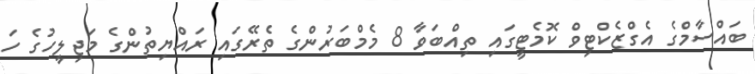
ބައްސާމްގެ އެގްޒެކްޓިވް ކޮމެޓީގައި ތިއްބަވާ 8 މެމްބަރުންގެ ތެރޭގައި ރައްޔިތުންގެ މަޖިލީހުގެ ހަ